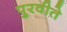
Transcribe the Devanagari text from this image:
पुरवीते